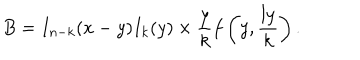
B = I _ { n - k } ( x - y ) I _ { k } ( y ) \times \frac { y } { k } f \left( y , \frac { l y } { k } \right) .